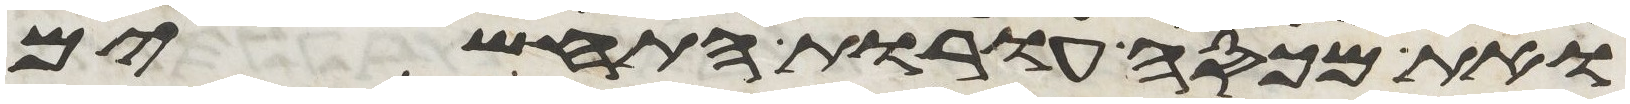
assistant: ואת מכסה עורת התחשים